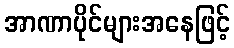
အာဏာပိုင်များအနေဖြင့်